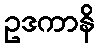
ဥဒကာနိ